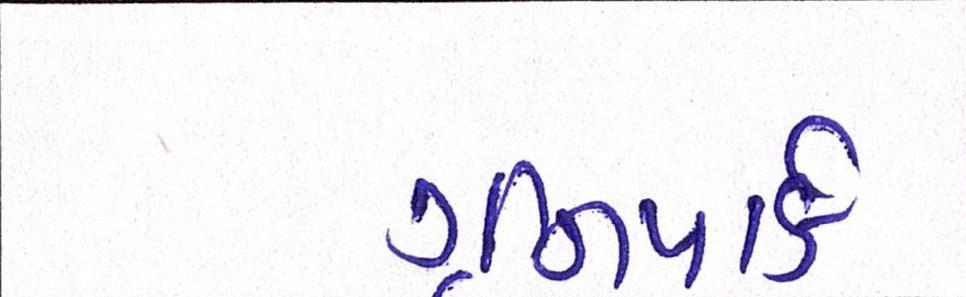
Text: ગ્રીનપાર્ક